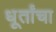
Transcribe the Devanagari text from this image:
धूर्तांचा